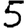
Digit: 5